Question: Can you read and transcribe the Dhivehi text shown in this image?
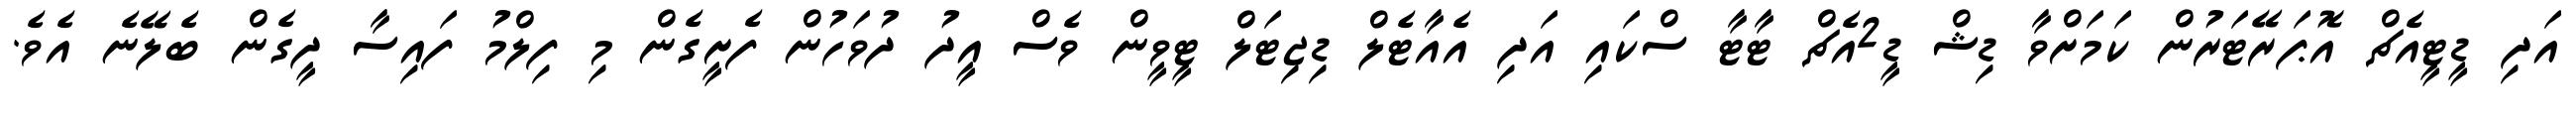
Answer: އަދި ޑީޓީއެޗް އޮޕަރޭޓަރުން ކަމަށްވާ ޑިޝް ޑީ2އެޗް ޓާޓާ ސްކައި އަދި އެއާޓެލް ޑިޖިޓަލް ޓީވީން ވެސް އީދު ދުވަހުން ފެށީގެން މި ފިލްމު ފައިސާ ދީގެން ބެލޭނެ އެވެ.